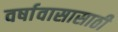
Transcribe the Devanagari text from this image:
वर्षावासासाठी